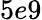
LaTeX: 5e9